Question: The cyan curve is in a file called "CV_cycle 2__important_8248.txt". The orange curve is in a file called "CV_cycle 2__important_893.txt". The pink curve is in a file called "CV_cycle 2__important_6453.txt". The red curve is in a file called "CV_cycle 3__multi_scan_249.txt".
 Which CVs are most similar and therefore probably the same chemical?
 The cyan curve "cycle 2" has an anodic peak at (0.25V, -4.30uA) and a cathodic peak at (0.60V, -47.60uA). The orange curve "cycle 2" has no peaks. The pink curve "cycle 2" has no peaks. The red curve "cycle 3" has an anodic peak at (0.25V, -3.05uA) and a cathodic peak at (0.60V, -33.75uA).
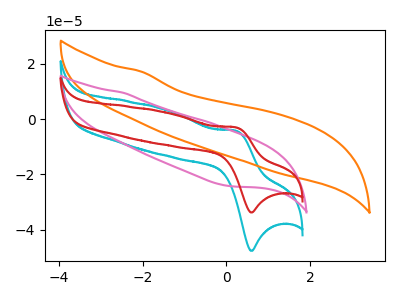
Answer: <think>"cycle 2" and "cycle 2" have a different number of peaks. "cycle 2" and "cycle 2" have a different number of peaks. All the peaks in "cycle 2" have a peak in "cycle 3" at the same potential. Neither "cycle 2" or "cycle 2" have any peaks. "cycle 2" and "cycle 3" have a different number of peaks. "cycle 2" and "cycle 3" have a different number of peaks.
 </think>
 <answer>"cycle 3" and "cycle 2" have the same shape and are likely CV's of the same chemical.</answer>
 <eval>"cycle 3" "cycle 2"</eval>